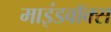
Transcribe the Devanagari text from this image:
माइंडवॉक्स